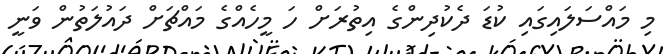
މި މައްސަލައިގައި ކުޑަ ދެކުދިންގެ އިތުރަށް ހަ މީހެއްގެ މައްޗަށް ދައުލަތުން ވަނީ